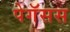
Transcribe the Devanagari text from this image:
पेगॅसस